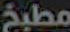
مطبخ